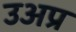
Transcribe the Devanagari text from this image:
उअप्र